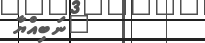
"ނަބިއްޔާ